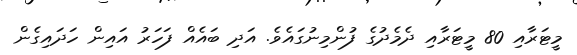
މީޓަރާއި 80 މީޓަރާއި ދެމެދުގެ ފުންމިނުގައެވެ. އަދި ބައެއް ފަހަރު އައިން ހަދައިގެން